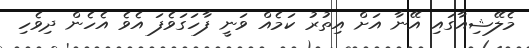
މެލޭޝިއާގައި އޭނާ އަށް އިތުރު ކަމެއް ވަނީ ފާހަގަވެފަ އެވެ އެހެން ދިވެހި